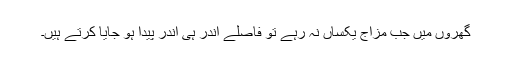
گھروں میں جب مزاج یکساں نہ رہے تو فاصلے اندر ہی اندر پیدا ہو جایا کرتے ہیں۔